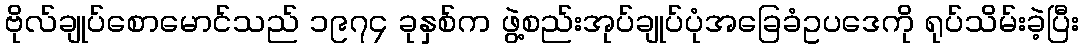
ဗိုလ်ချုပ်စောမောင်သည် ၁၉၇၄ ခုနှစ်က ဖွဲ့စည်းအုပ်ချုပ်ပုံအခြေခံဥပဒေကို ရုပ်သိမ်းခဲ့ပြီး